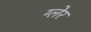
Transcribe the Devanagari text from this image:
ग्लेर